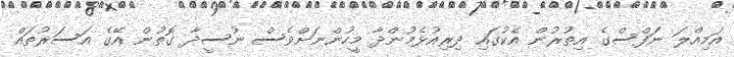
އަމިއްލަ ނަފްސްގެ އިތުރުން އެކުގައި ދިރިއުޅެމުންދާ މީހުންނަށްވެސް ނުސީދާ ގޮތުން އޭގެ އަސަރުތައް